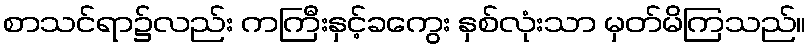
စာသင်ရာ၌လည်း ကကြီးနှင့်ခကွေး နှစ်လုံးသာ မှတ်မိကြသည်။